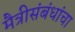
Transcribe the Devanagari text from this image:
मैत्रीसंबंधांचा